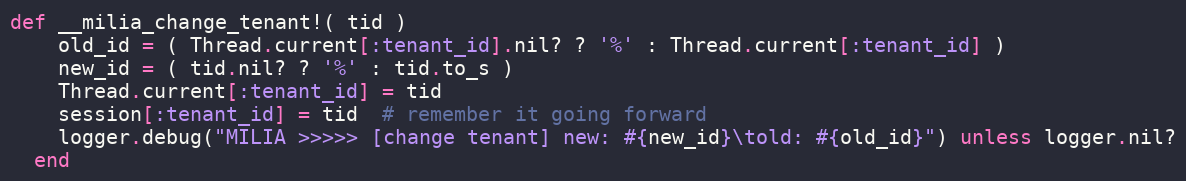
Language: Ruby
def __milia_change_tenant!( tid )
    old_id = ( Thread.current[:tenant_id].nil? ? '%' : Thread.current[:tenant_id] )
    new_id = ( tid.nil? ? '%' : tid.to_s )
    Thread.current[:tenant_id] = tid
    session[:tenant_id] = tid  # remember it going forward
    logger.debug("MILIA >>>>> [change tenant] new: #{new_id}\told: #{old_id}") unless logger.nil?
  end